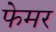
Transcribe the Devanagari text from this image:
फेमर